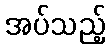
အပ်သည့်